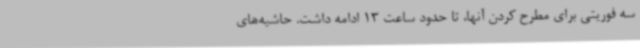
سه فوریتی برای مطرح کردن آنها، تا حدود ساعت 13 ادامه داشت. حاشیه‌های